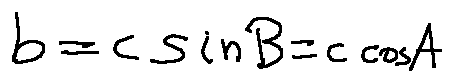
b = c \sin B = c \cos A